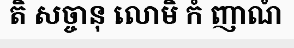
តិ សច្ចានុ លោមិ កំ ញាណំ